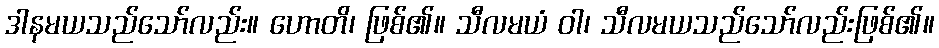
ဒါနမယသည်သော်လည်း။ ဟောတိ၊ ဖြစ်၏။ သီလမယံ ဝါ၊ သီလမယသည်သော်လည်းဖြစ်၏။